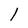
Character: 1